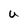
Character: u